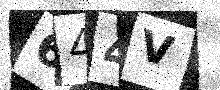
Text: 644V